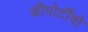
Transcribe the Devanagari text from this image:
डीपोर्टीवो